Scottish Certificate of Education, 1962
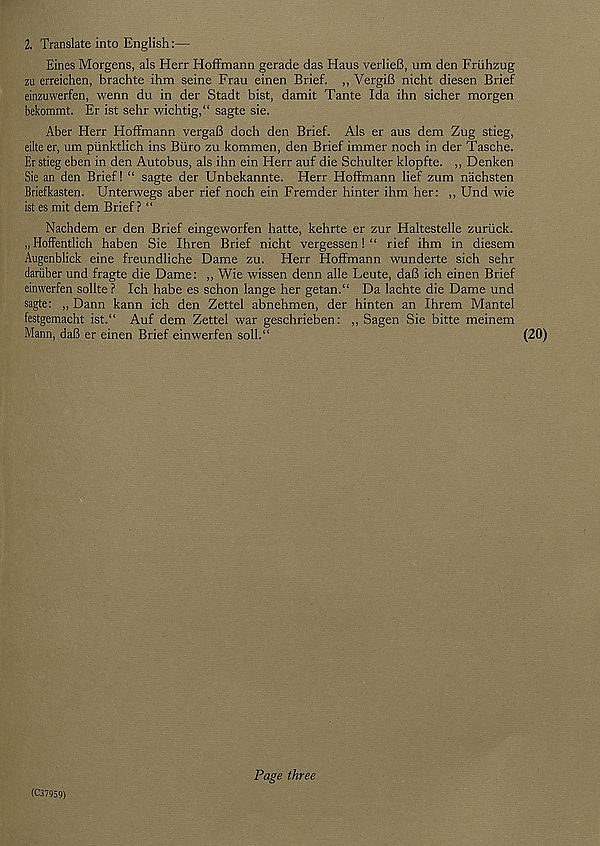
2. Translate into English:—
Eines Morgens, als Herr Hoffmann gerade das Hans verlieB, um den Friihzug
zu erreichen, brachte ihm seine Frau einen Brief. ,, VergiB nicht diesen Brief
einzuwerfen, wenn du in der Stadt hist, damit Tante Ida ihn sicher morgen
bekommt. Er ist sehr wichtig,“ sagte sie.
Aber Herr Hoffmann vergaB doch den Brief. Als er aus dem Zug stieg,
eilte er, um piinktlich ins Biiro zu kommen, den Brief immer noch in der Tasche.
Er stieg eben in den Autobus, als ihn ein Herr auf die Schulter klopfte. ,, Denken
Sie an den Brief! “ sagte der Unbekannte. Herr Hoffmann lief zum nachsten
Briefkasten. Unterwegs aber rief noch ein Fremder hinter ihm her: ,, Und wie
ist es mit dem Brief ? “
Nachdem er den Brief eingeworfen hatte, kehrte er zur Haltestelle zuriick.
„Hoffentlich haben Sie Ihren Brief nicht vergessen! “ rief ihm in diesem
Augenblick eine freundliche Dame zu. Herr Hoffmann wunderte sich sehr
dariiber und fragte die Dame: ,, Wie wissen denn alle Leute, daB ich einen Brief
einwerfen sollte ? Ich habe es schon lange her getan.“ Da lachte die Dame und
sagte: ,, Dann kann ich den Zettel abnehmen, der hinten an Ihrem Mantel
festgemacht ist.“ Auf dem Zettel war geschrieben: ,, Sagen Sie bitte meinem
Mann, daB er einen Brief einwerfen soll.“
(C379S9)
Page three